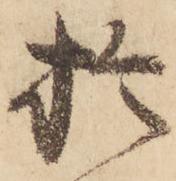
於